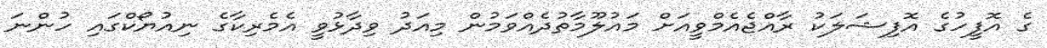
ގެ އޮފީހުގެ އޮފިޝަލަކު ރާއްޖެއެމްވީއަށް މައުލޫމާތުދެއްވަމުން މިއަދު ވިދާޅުވީ އެމެރިކާގެ ނިއުޔޯކްގައި ހުންނަ